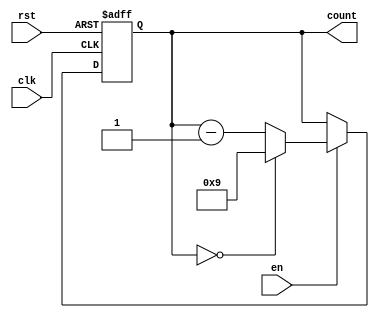
module BCD_Down_Counter_with_Enable (
    input wire clk,
    input wire rst,
    input wire en,
    output reg [3:0] count
);

always @(posedge clk or posedge rst) begin
    if (rst) begin
        count <= 4'b1001; // Initialize counter to 9 in BCD format
    end else begin
        if (en) begin
            if (count == 4'b0000) begin
                count <= 4'b1001; // Wrap around to 9 if count is 0
            end else begin
                count <= count - 1; // Decrement count by 1
            end
        end
    end
end

endmodule